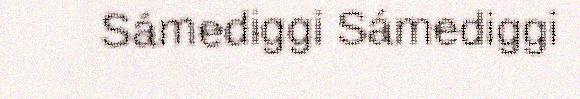
Sámediggi Sámediggi